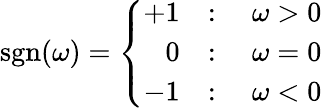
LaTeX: \operatorname{sgn}(\omega)=\left\{ \begin{array}{ll}{+1}&{:\quad\omega>0}\\ {\phantom{+}0}&{:\quad\omega=0}\\ {-1}&{:\quad\omega<0}\end{array}\right.